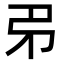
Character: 𢎱